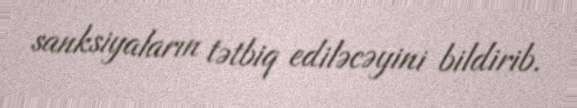
sanksiyaların tətbiq ediləcəyini bildirib.